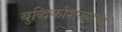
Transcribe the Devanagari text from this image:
बुद्धिकौशल्याची